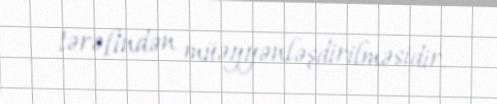
tərəfindən müəyyənləşdirilməsidir.